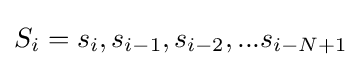
S_{i}=s_{i},s_{i-1},s_{i-2},...s_{i-N+1}